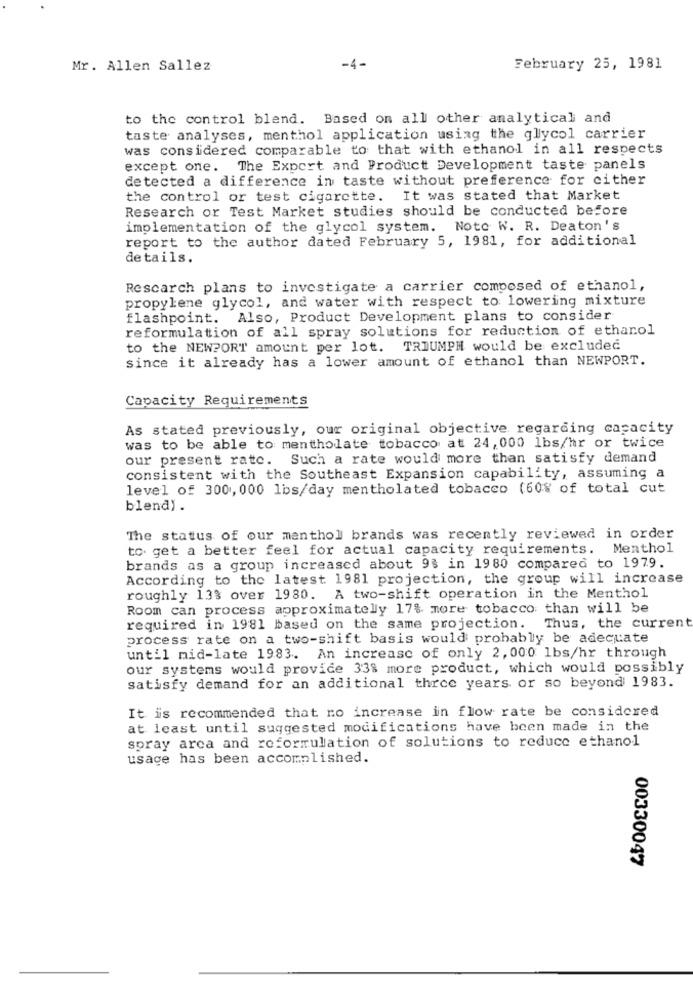
Mr. Allen Sallez
-4-
February 25, 1981
to the control blend. Based on all other analytical and
taste analyses, menthol application using the glycol carrier
was considered comparable to that with ethanol in all respects
except one. The Export and Product Development taste panels
detected a difference in taste without preference for cither
the control or test cigarette. It was stated that Market
Research or Test Market studies should be conducted before
implementation of the glycol system. Noto W. R. Deaton's
report to the author dated February 5, 1981, for additional
details.
Rescarch plans to investigate a carrier composed of ethanol,
propylene glycol, and water with respect to lowering mixture
flashpoint. Also, Product Development plans to consider
reformulation of all spray solutions for reduction of ethanol
to the NEWPORT amount per lot. TRIUMPH would be excluded
since it already has a lower amount of ethanol than NEWPORT.
Capacity Requirements
As stated previously, our original objective regarding capacity
was to be able to mentholate tobacco at 24, 000 lbs/hr or twice
our present rate. Such a rate would more than satisfy demand
consistent with the Southeast Expansion capability, assuming a
level of 300, 000 lbs/day mentholated tobacco (60% of total cut
blend) .
The status of our menthol brands was recently reviewed in order
to get a better feel for actual capacity requirements. Menthol
brands as a group increased about 93 in 1980 compared to 1979.
According to the latest 1981 projection, the group will increase
roughly 133 over 1980. A two-shift operation in the Menthol
Room can process approximately 17% more tobacco than will be
required in 1981 based on the same projection. Thus, the current
process rate on a two-shift basis would probably be adequate
until mid-late 1983. An increase of only 2, 000 1bs/hr through
our systems would provide 33% more product, which would possibly
satisfy demand for an additional three years or so beyond 1983.
It is recommended that no increase in flow rate be considered
at least until suggested modifications have been made in the
spray arca and roformulation of solutions to reduce ethanol
usage has been accomplished.
00330047